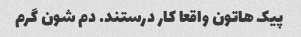
پیک هاتون واقعا کار درستند. دم شون گرم